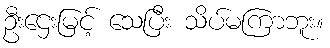
ဦးဌေးမြင့် သေပြီး သိပ်မကြာဘူး။